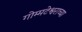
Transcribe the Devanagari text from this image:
गोम्मटेश्वराच्या